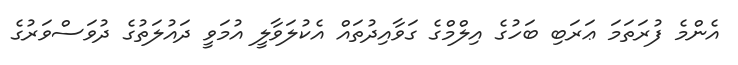
އެންމެ ފުރަތަމަ ޢަރަބި ބަހުގެ އިލްމްގެ ގަވާއިދުތައް އެކުލަވާލީ އުމަވީ ދައުލަތުގެ ދުވަސްވަރުގެ